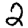
Digit: 2